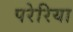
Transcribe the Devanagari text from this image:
परेरिया